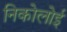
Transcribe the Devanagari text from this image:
निकोलोई